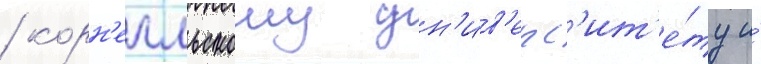
/ корн'елльскому ун'ив'ерс'ит'е́ту и́